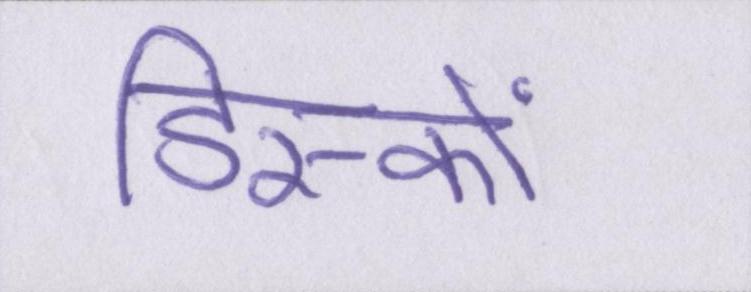
डिस्कों